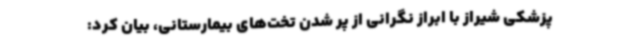
پزشکی شیراز با ابراز نگرانی از پر شدن تخت‌های بیمارستانی، بیان کرد: